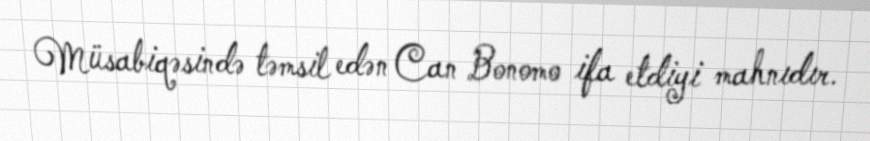
Müsabiqəsində təmsil edən Can Bonomo ifa etdiyi mahnıdır.